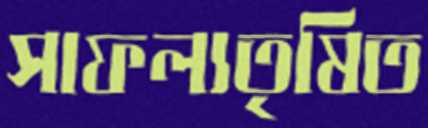
সাফল্যতৃষিত